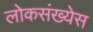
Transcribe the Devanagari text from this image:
लोकसंख्येस